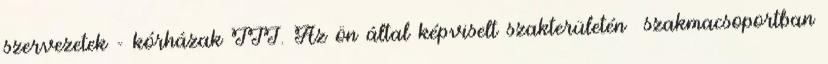
szervezetek - kórházak III. Az ön által képviselt szakterületén szakmacsoportban